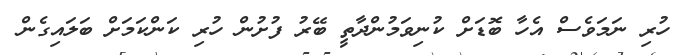
ހުރި ނަމަވެސް އެހާ ބޮޑަށް ކުނިވަމުންދާތީ ބޭރު ފުށުން ހުރި ކަންކަމަށް ބަލައިގެން